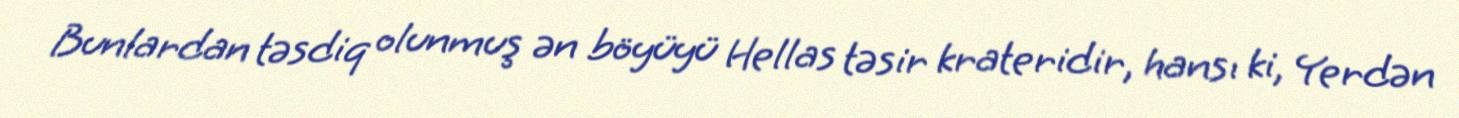
Bunlardan təsdiq olunmuş ən böyüyü Hellas təsir krateridir, hansı ki, Yerdən